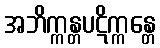
အဘိက္ကန္တပဋိက္ကန္တေ